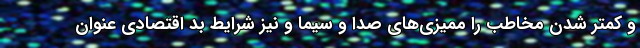
و کمتر شدن مخاطب را ممیزی‌های صدا و سیما و نیز شرایط بد اقتصادی عنوان